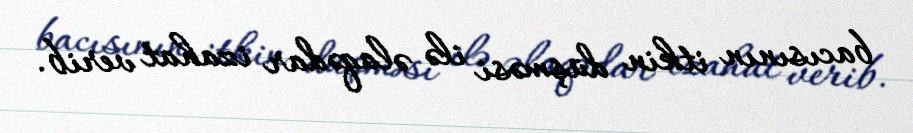
bacısının itkin düşməsi ilə əlaqədar izahat verib.